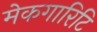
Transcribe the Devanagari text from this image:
मेकगारिटि